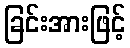
ခြင်းအားဖြင့်